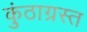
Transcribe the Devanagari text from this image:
कुंठाग्रस्त